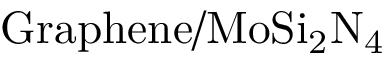
\mathrm { G r a p h e n e / M o S i _ { 2 } N _ { 4 } }